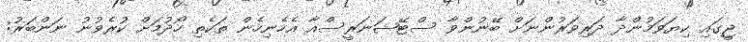
ޖީގައި ކިޔަވަމުންދާ ދަރިވަރުންނަށް ބޭނުންވާ ސްޓޭޝަނަރީސްއާ އެހެނިހެން ތަކެތި ހޯދުމަށް ކުރެވުނު ނަންބަރު: